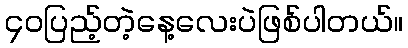
၄၀ပြည့်တဲ့နေ့လေးပဲဖြစ်ပါတယ်။